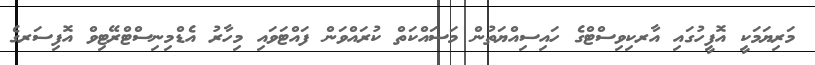
މަރިޔަމަކީ އޮފީހުގައި އާރކިވިސްޓްގެ ހައިސިއްޔަތުން މަސައްކަތް ކުރައްވަން ފައްޓަވައި މިހާރު އެޑްމިނިސްޓްރޭޓިވް އޮފިސަރގެ